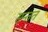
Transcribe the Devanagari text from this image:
सन्तत